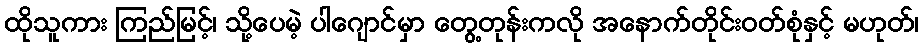
ထိုသူကား ကြည်မြင့်၊ သို့ပေမဲ့ ပါဂျောင်မှာ တွေ့တုန်းကလို အနောက်တိုင်းဝတ်စုံနှင့် မဟုတ်၊